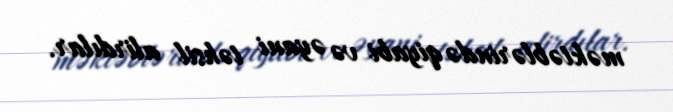
məktəblərində qiyabi və əyani təhsil alirdılar.